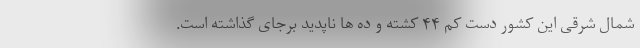
شمال شرقی این کشور دست کم ۴۴ کشته و ده ها ناپدید برجای گذاشته است.